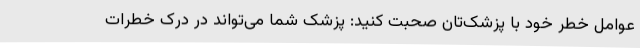
عوامل خطر خود با پزشک‌تان صحبت کنید: پزشک شما می‌تواند در درک خطرات